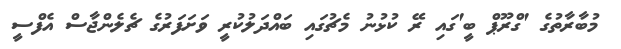
މުބާރާތުގެ 'ގްރޫޕް ބީ'ގައި ރޭ ކުޅުނު މެޗުގައި ބައްދަލުކުރީ ވަށަފަރުގެ ޗެލެންޖާސް އެފްސީ